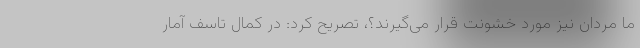
ما مردان نیز مورد خشونت قرار می‌گیرند؟، تصریح کرد: در کمال تاسف آمار